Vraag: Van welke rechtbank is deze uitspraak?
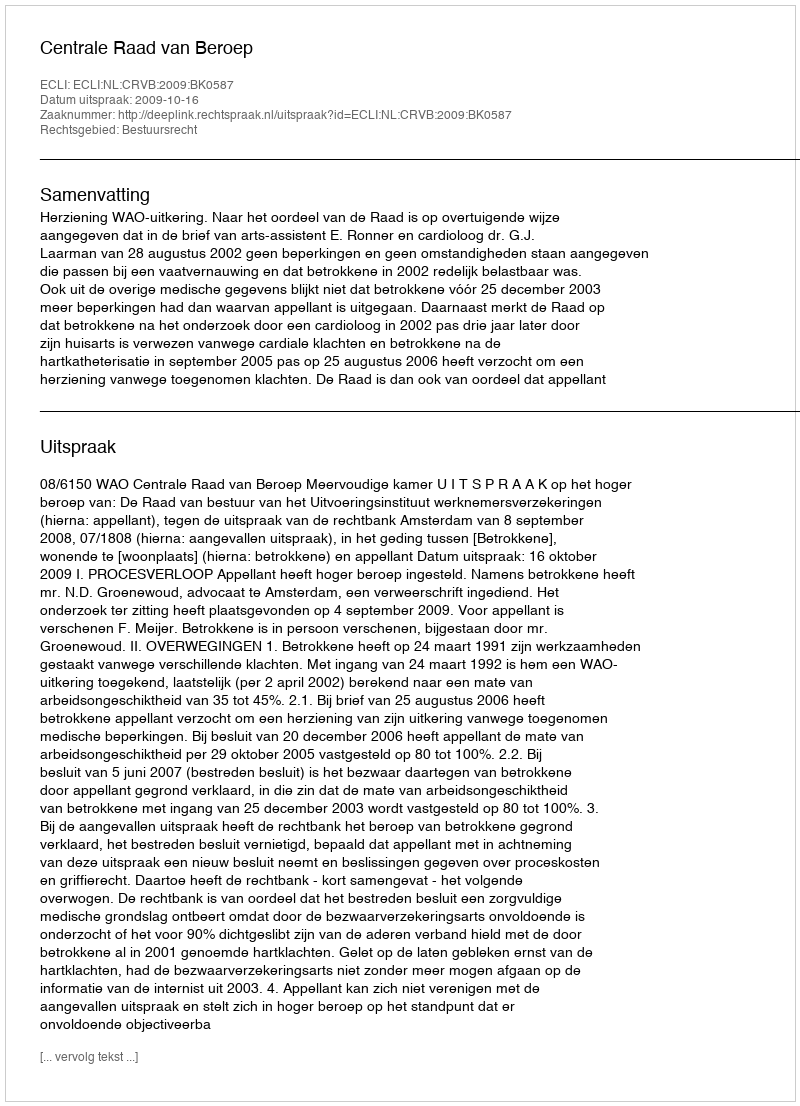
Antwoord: Centrale Raad van Beroep